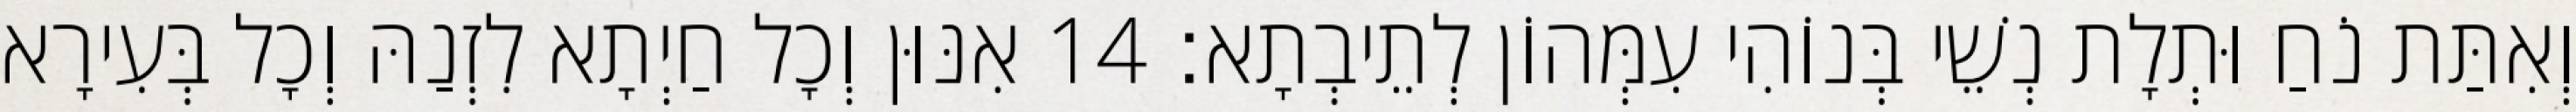
וְאִתַּת נֹחַ וּתְלָת נְשֵׁי בְּנוֹהִי עִמְּהוֹן לְתֵיבְתָא׃ 14 אִנּוּן וְכָל חַיְתָא לִזְנַהּ וְכָל בְּעִירָא